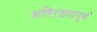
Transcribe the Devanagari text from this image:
अतिरंजनापूर्ण